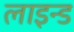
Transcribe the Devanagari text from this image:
लाइन्‍ड